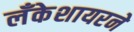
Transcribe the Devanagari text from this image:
लँकेशायरने